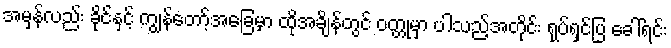
အမှန်လည်း ခိုင်နှင့် ကျွန်တော့်အခြေမှာ ထိုအချိန်တွင် ဝတ္တုမှာ ပါသည့်အတိုင်း ရုပ်ရှင်ပြ ခေါ်ရင်း